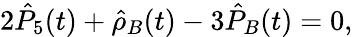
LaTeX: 2\hat{P}_{5}(t)+\hat{\rho}_{B}(t)-3\hat{P}_{B}(t)=0,